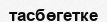
тасбөгетке